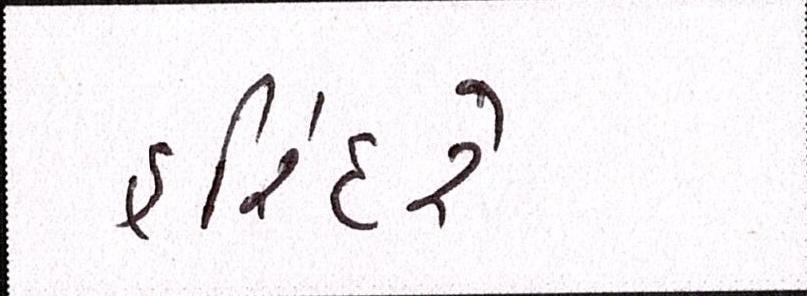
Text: હરિંદરે